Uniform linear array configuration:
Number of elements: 8
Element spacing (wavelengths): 0.25
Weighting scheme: blackman
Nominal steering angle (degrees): -45
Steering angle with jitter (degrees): -45.176
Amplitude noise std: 0.05
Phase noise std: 0.05

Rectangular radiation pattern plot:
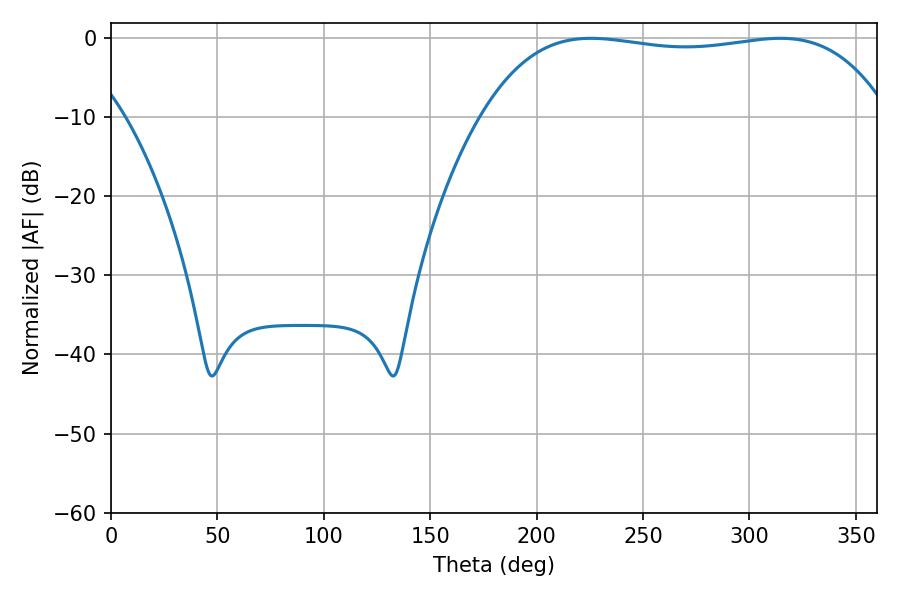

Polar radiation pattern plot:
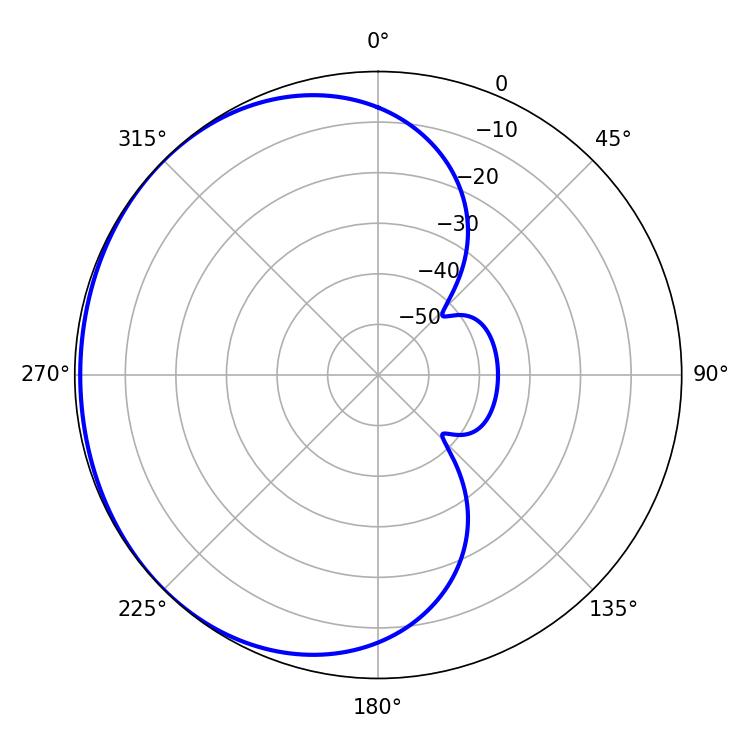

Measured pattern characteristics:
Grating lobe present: FALSE
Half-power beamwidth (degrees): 151.92
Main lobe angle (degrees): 225.54